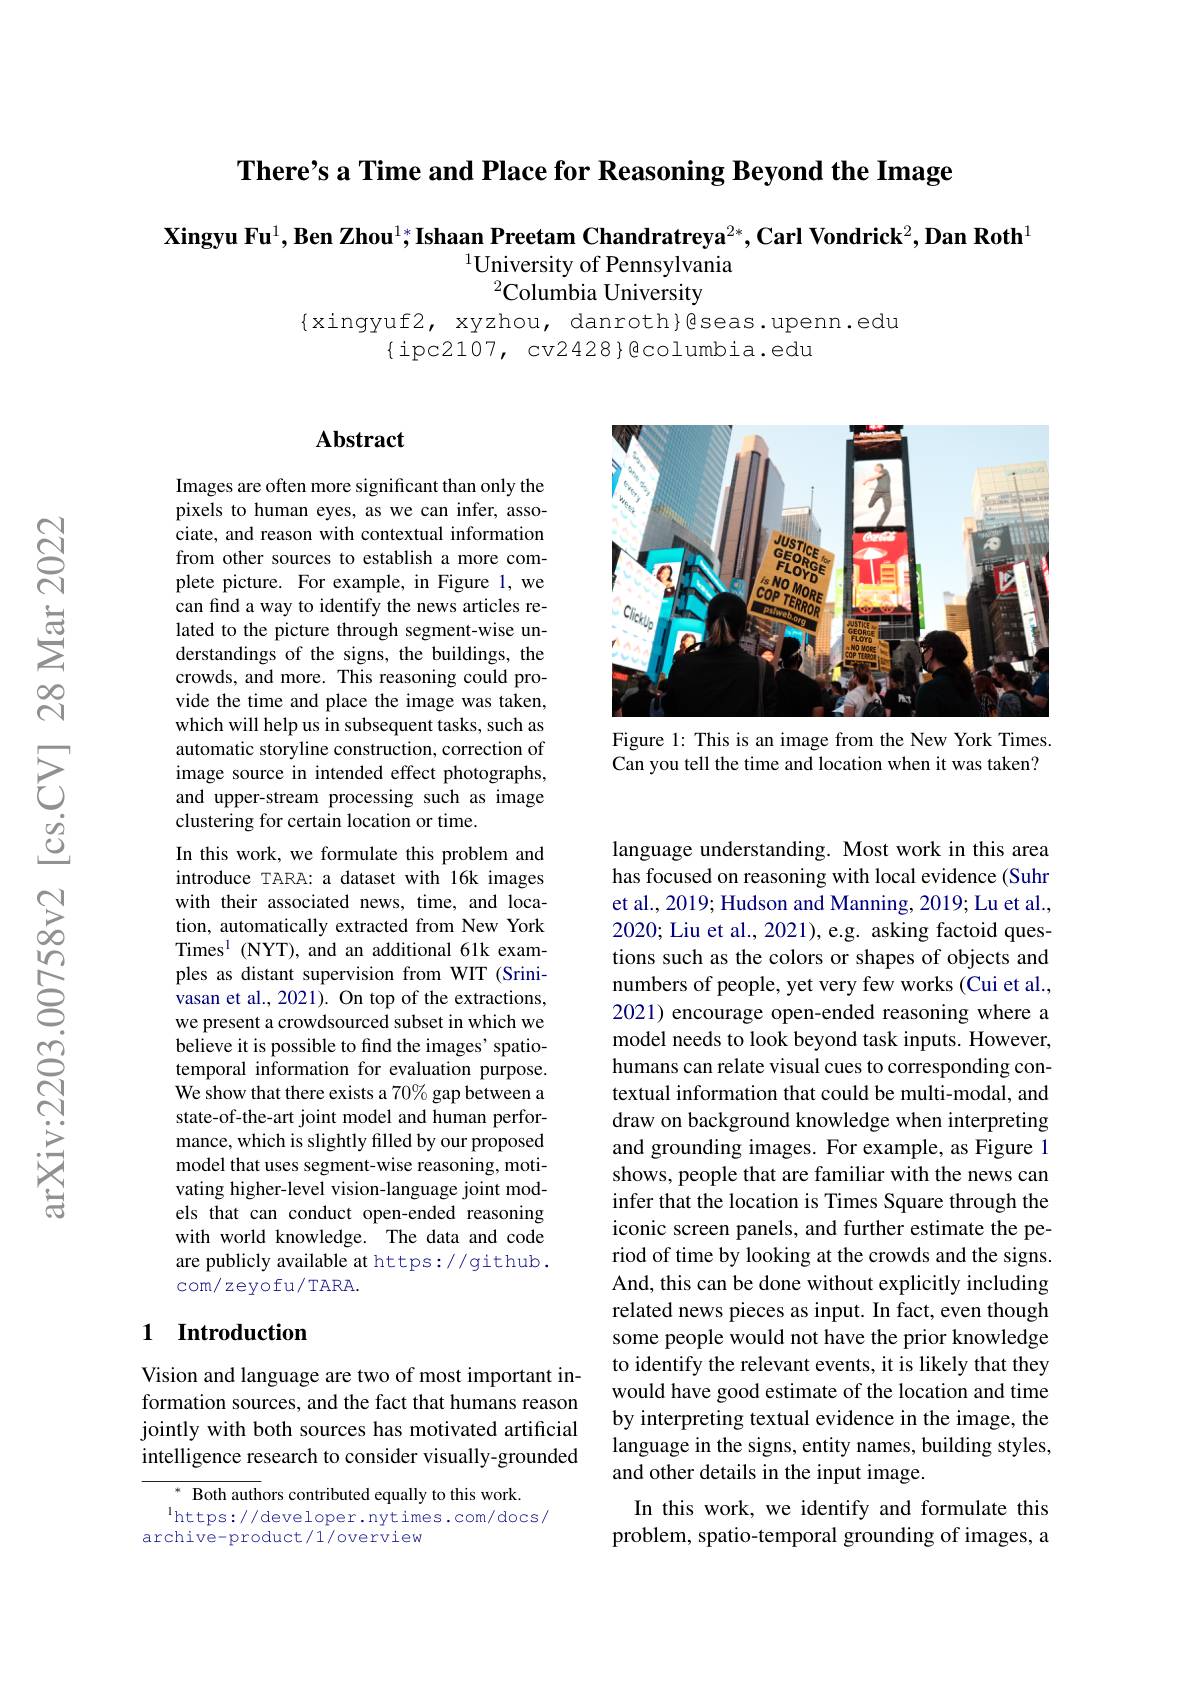
There's a Time and Place for Reasoning Beyond the Image

$\textbf{Xingyu Fu}^1,\textbf{Ben Zhou}^{1*}\textbf{Ishaan Preetam Chandratreya}^{2*},\textbf{Carl Vondrick}^2,\textbf{Dan Roth}^1$
$^{1}$University of Pennsylvania
$^2\ddot{\text{Columbia University}}$

{xingyuf2, xyzhou, danroth}éseas.upenn.edu

$\{$ipc2107, cv2428}Qcolumbia.edu

## $\mathbf{Abstract}$

<FigureHere>

Figure 1: This is an image from the New York Times. Can you tell the time and location when it was taken?

Images are often more significant than only the pixels to human eyes, as we can infer, associate, and reason with contextual information from other sources to establish a more complete picture. For example, in Figure 1, we can find a way to identify the news articles related to the picture through segment-wise understandings of the signs, the buildings, the crowds, and more. This reasoning could provide the time and place the image was taken, which will help us in subsequent tasks, such as automatic storyline construction, correction of image source in intended effect photographs, and upper-stream processing such as image clustering for certain location or time.
In this work, we formulate this problem and introduce TARA: a dataset with 16k images with their associated news, time, and location, automatically extracted from New York Times$^{\mathrm{l}}$ (NYT), and an additional 61k examples as distant supervision from WIT (Srinivasan et al., 2021). On top of the extractions, we present a crowdsourced subset in which we believe it is possible to find the images' spatiotemporal information for evaluation purpose. We show that there exists a 70% gap between a state-of-the-art joint model and human performance, which is slightly filled by our proposed model that uses segment-wise reasoning, motivating higher-level vision-language joint models that can conduct open-ended reasoning with world knowledge. The data and code are publicly available at https://github . com/ zeyofu/ TARA.

language understanding. Most work in this area has focused on reasoning with local evidence (Suhr et al., 2019; Hudson and Manning, 2019; Lu et al., 2020; Liu et al., 2021), e.g. asking factoid questions such as the colors or shapes of objects and numbers of people, yet very few works (Cui et al., 2021) encourage open-ended reasoning where a model needs to look beyond task inputs. However, humans can relate visual cues to corresponding contextual information that could be multi-modal, and draw on background knowledge when interpreting and grounding images. For example, as Figure 1 shows, people that are familiar with the news can infer that the location is Times Square through the iconic screen panels, and further estimate the period of time by looking at the crowds and the signs. And, this can be done without explicitly including related news pieces as input. In fact, even though some people would not have the prior knowledge to identify the relevant events, it is likely that they would have good estimate of the location and time by interpreting textual evidence in the image, the language in the signs, entity names, building styles, and other details in the input image.
In this work, we identify and formulate this problem, spatio-temporal grounding of images, a

## 1 Introduction

Vision and language are two of most important information sources, and the fact that humans reason jointly with both sources has motivated artificial intelligence research to consider visually-grounded

$^{*}$ Both authors contributed equally to this work.
$\operatorname*{l}_{\mathrm{https://developer.nytimes.com/docs/}}$
archive-product/1/overview